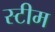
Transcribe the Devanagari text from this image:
स्‍टीम